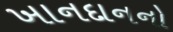
ખાનદાનનો